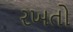
રખતો